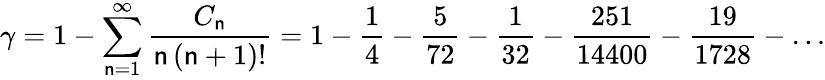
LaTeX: \gamma=1-\sum_{\mathsf{n}=1}^{\infty}{\frac{{C_{\mathsf{n}}}}{{\mathsf{n}\, (\mathsf{n}+1)!}}}=1-{\frac{{1}}{{4}}}-{\frac{{5}}{{72}}}-{\frac{{1}}{{32}}}-{\frac{{251}}{{14400}}}-{\frac{{19}}{{1728}}}-\ldots